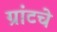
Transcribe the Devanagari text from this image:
ग्रांटचे